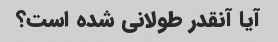
آیا آنقدر طولانی شده است؟